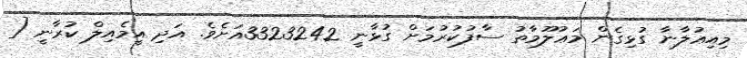
މިއިޢުލާނާ ގުޅިގެން މަޢުލޫމާތު ސާފުކުރުމަށް ގުޅާނީ 3323242އަށެވެ. އަދި އީމެއިލް ކުރާނީ [